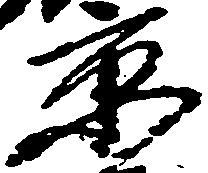
京